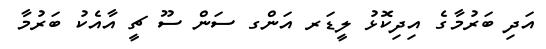
އަދި ބަރުމާގެ އިދިކޮޅު ލީޑަރ އަންގ ސަން ސޫ ޗީ އާއެކު ބަރުމާ